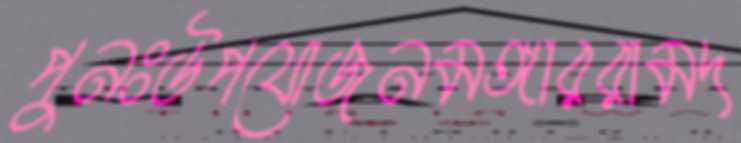
পুনঃউপযোজনমঙ্গাররামদ